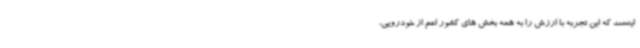
اینست که این تجربه با ارزش را به همه بخش های کشور اعم از خودرویی،